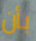
بأن